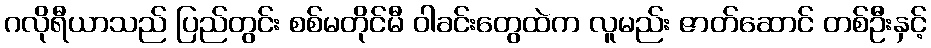
ဂလိုရီယာသည် ပြည်တွင်း စစ်မတိုင်မီ ဝါခင်းတွေထဲက လူမည်း ဇာတ်ဆောင် တစ်ဦးနှင့်